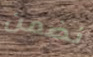
نضمن